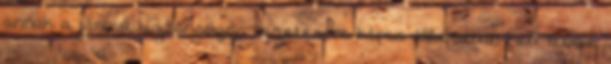
annak a jármű biztonságos vezetésére képes állapotban kell lennie.